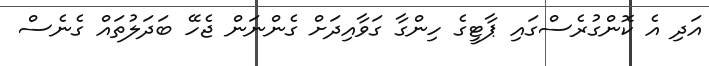
އަދި އެ ކޮންގުރެސްގައި ޕާޓީގެ ހިންގާ ގަވާއިދަށް ގެންނަން ޖެހޭ ބަދަލުތައް ގެނެސް